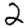
Digit: 2